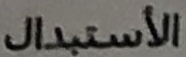
الأستبدال